Civil Veterinary Dept. Bombay admin report 1893-99 - 1893-1899
Year: 1893
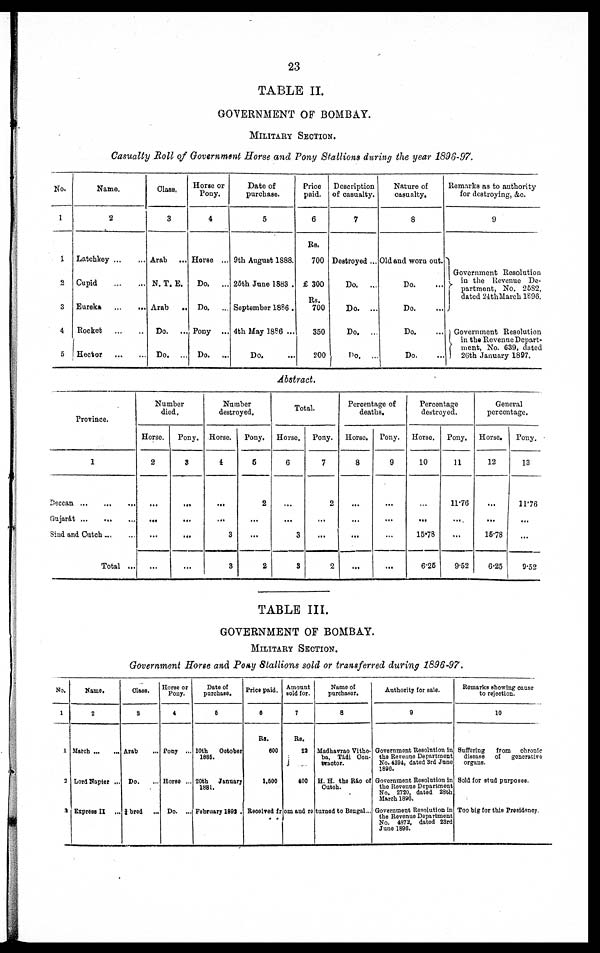
23
TABLE II.
GOVERNMENT OF BOMBAY.
MILITARY SECTION.
Casualty Roll of Government Horse and Pony Stallions during the year 1896-97.
No.
1
1
2
3
4
5
Name.
2
Latchkey
...
...
Cupid
...
...
Eureka
...
...
Rocket
...
...
Hector
...
...
Class.
3
Arab
...
N. T. E.
Arab
...
Do.
...
Do.
...
Horse or
Pony.
4
Horse ...
Do.
...
Do.
...
Pony
Do.
...
Date of
purchase.
5
9tb August 1888.
26th June 1883 .
September 1886 .
4th May 1886 ...
Do. ...
Price
paid.
6
Rs.
700
£ 300
Rs.
700
350
200
Description
of casualty.
7
Destroyed ...
Do.
...
Do. ...
Do.
...
Do.
...
Nature of
casualty.
8
Old and worn out.
Do. ...
Do. ...
Do. ...
Do. ...
Remarks as to authority
for destroying, &c.
9
Government Resolution
in the Revenue De-
partment, No. 2582,
dated 24th March 1896.
Government Resolution
in the Revenue Depart-
ment, No. 639, dated
26th January 1897.
Abstract.
Province.
1
Deccan
...
...
...
Gujarat
...
...
Sind and
Cutch...
...
Total ...
Number
died.
Horse.
2
...
...
...
...
Pony.
3
...
...
...
...
Number
destroyed.
Horse.
4
...
...
3
3
Pony.
5
2
...
...
2
Total.
Horse.
6
...
...
3
3
Pony.
7
2
...
...
2
Percentage of
deaths.
Horse.
8
...
...
...
...
Pony.
9
...
...
...
...
Percentage
destroyed.
Horse.
10
...
...
15.78
6.25
Pony.
11
11.76
...
...
9.52
General
percentage.
Horse.
12
...
...
15.78
6.25
Pony.
13
11.76
...
...
9.52
TABLE III.
GOVERNMENT OF BOMBAY.
MILITARY SECTION.
Government Horse and Pony Stallions sold or transferred during 1896-97.
No.
1
1
2
3
Name.
2
March ...
Lord Napier ...
Express II ...
Class.
3
Arab ...
Do.
½ bred ...
Horse or
Pony.
4
Pony ...
Horse ...
Do. ...
Date of
purchase.
5
10th
October
1885.
20th January
1881.
February 1892.
Price paid.
6
Rs.
600
1,500
Amount
sold for.
7
Rs.
22
400
Received from and re turned to Bengal...
Name of
purchaser.
8
Madhavrao Vitho-
ba, Tádi Con-
tractor.
H. H. the Ráo of
Cutch.
turned to Bengal...
Authority for sale.
9
Government Resolution in
the Reveune Department
No. 4394, dated 3rd June
1896.
Government Resolation in
the Revenue Department
No. 2720. dated 28th
March 1896.
Government Resolution in
the Revenue Department
No. 4972, dated 23rd
June 1896.
Remarks showing cause
to rejection.
10
Suffering
from
chroale
disease of generative
organe.
Sold for stud purposes.
Too big for this Presidency.